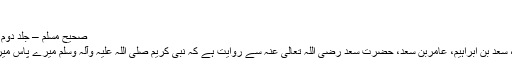
……
صحیح مسلم – جلد دوم – وصیت کا بیان – حدیث 1718
اسحاق بن منصور، ابوداود ، سفیان، سعد بن ابراہیم، عامربن سعد، حضرت سعد رضی اللہ تعالیٰ عنہ سے روایت ہے کہ نبی کریم صلی اللہ علیہ وآلہ وسلم میرے پاس میری عیادت کے لئے تشریف لائے ۔